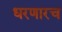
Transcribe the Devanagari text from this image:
धरणारच